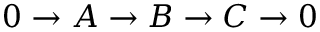
0 \rightarrow A \rightarrow B \rightarrow C \rightarrow 0